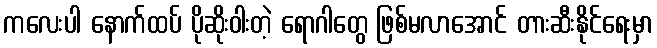
ကလေးပါ နောက်ထပ် ပိုဆိုးဝါးတဲ့ ရောဂါတွေ ဖြစ်မလာအောင် တားဆီးနိုင်ရေးမှာ